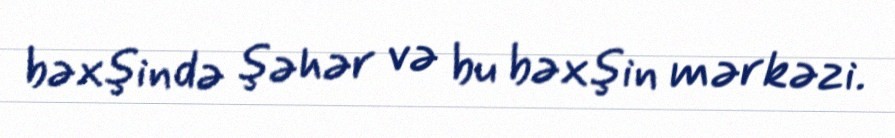
bəxşində şəhər və bu bəxşin mərkəzi.